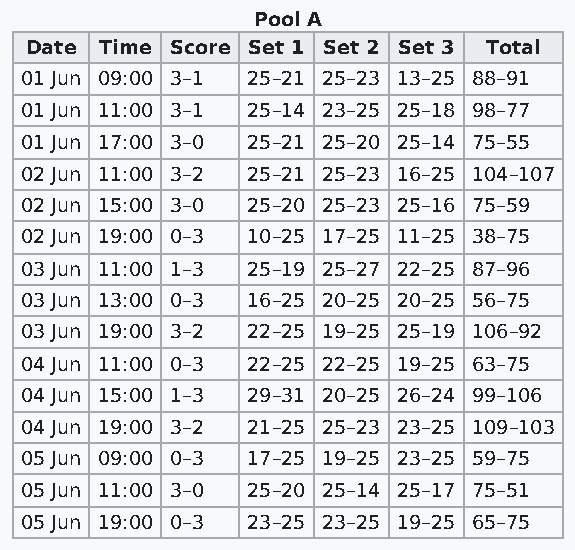
Pool A
 Date Time Score Set 1 Set 2 Set 3 Total
 01 Jun 09:00 3–1 25–21 25–23 13–25 88–91
 01 Jun 11:00 3–1 25–14 23–25 25–18 98–77
 01 Jun 17:00 3–0 25–21 25–20 25–14 75–55
 02 Jun 11:00 3–2 25–21 25–23 16–25 104–107
 02 Jun 15:00 3–0 25–20 25–23 25–16 75–59
 02 Jun 19:00 0–3 10–25 17–25 11–25 38–75
 03 Jun 11:00 1–3 25–19 25–27 22–25 87–96
 03 Jun 13:00 0–3 16–25 20–25 20–25 56–75
 03 Jun 19:00 3–2 22–25 19–25 25–19 106–92
 04 Jun 11:00 0–3 22–25 22–25 19–25 63–75
 04 Jun 15:00 1–3 29–31 20–25 26–24 99–106
 04 Jun 19:00 3–2 21–25 25–23 23–25 109–103
 05 Jun 09:00 0–3 17–25 19–25 23–25 59–75
 05 Jun 11:00 3–0 25–20 25–14 25–17 75–51
 05 Jun 19:00 0–3 23–25 23–25 19–25 65–75